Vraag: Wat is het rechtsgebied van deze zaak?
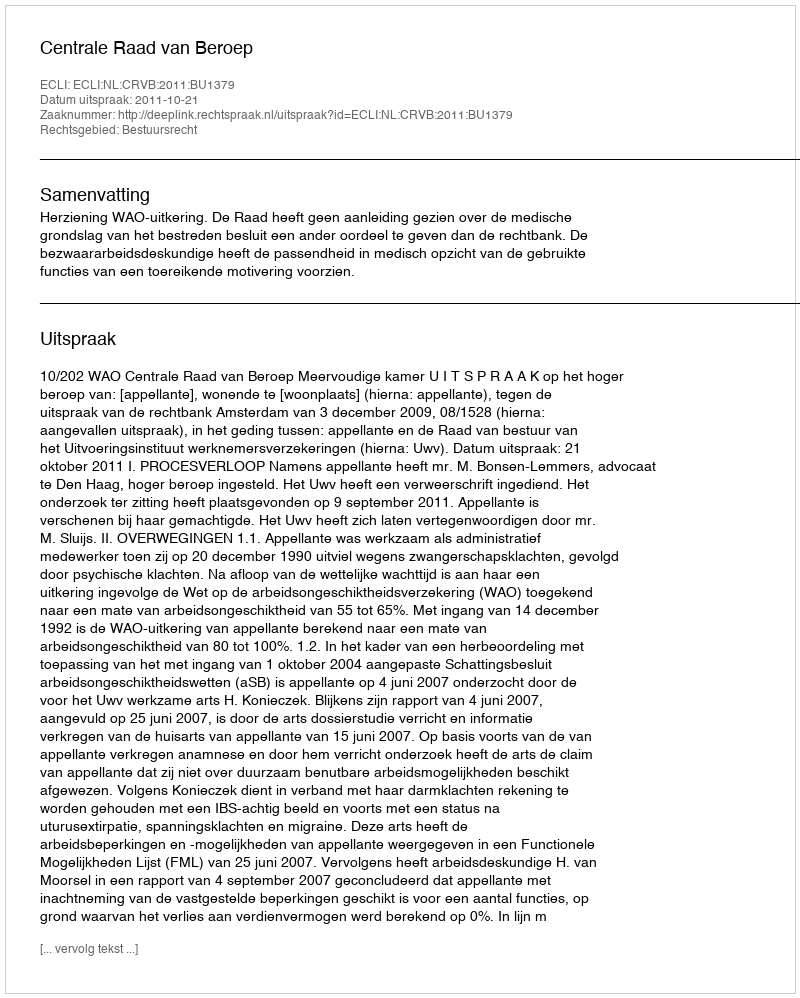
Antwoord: Bestuursrecht